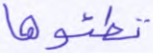
تطئوها